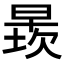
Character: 𬁄